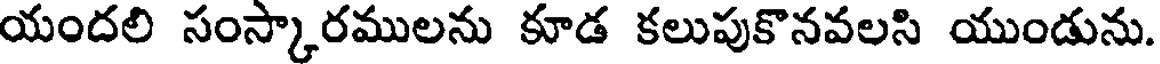
యందలి సంస్కారములను కూడ కలుపుకొనవలసి యుండును.